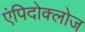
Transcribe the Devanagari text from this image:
एंपिदोक्लोज